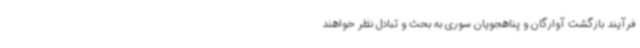
فرآیند بازگشت آوارگان و پناهجویان سوری به بحث و تبادل نظر خواهند